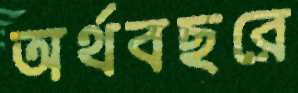
অর্থবছরে